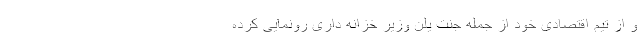
و از تیم اقتصادی خود از جمله جنت یلن وزیر خزانه داری رونمایی کرده